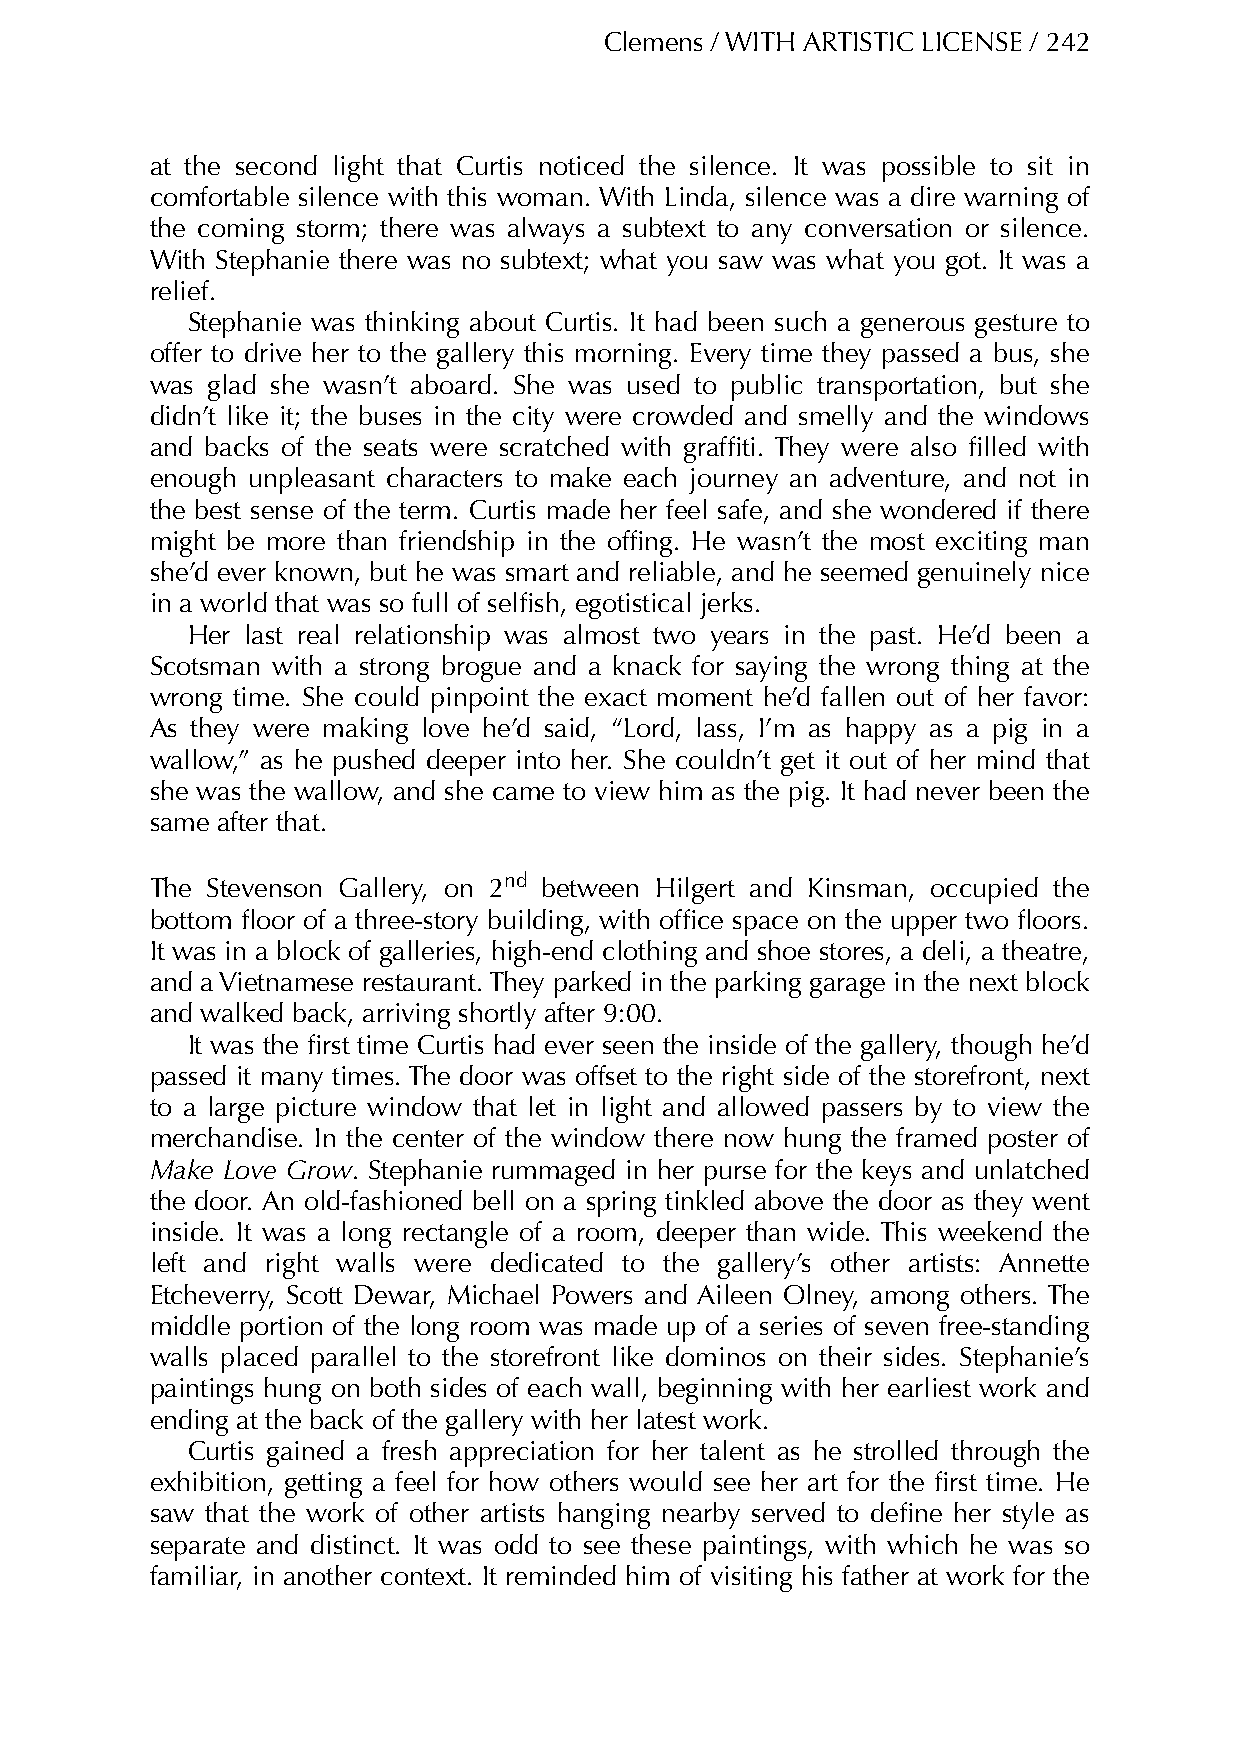
Clemens / WITH ARTISTIC LICENSE / 242
 at the second light that Curtis noticed the silence. It was possible to sit in
 comfortable silence with this woman. With Linda, silence was a dire warning of
 the coming storm; there was always a subtext to any conversation or silence.
 With Stephanie there was no subtext; what you saw was what you got. It was a
 relief.
 Stephanie was thinking about Curtis. It had been such a generous gesture to
 offer to drive her to the gallery this morning. Every time they passed a bus, she
 was glad she wasn’t aboard. She was used to public transportation, but she
 didn’t like it; the buses in the city were crowded and smelly and the windows
 and backs of the seats were scratched with graffiti. They were also filled with
 enough unpleasant characters to make each journey an adventure, and not in
 the best sense of the term. Curtis made her feel safe, and she wondered if there
 might be more than friendship in the offing. He wasn’t the most exciting man
 she’d ever known, but he was smart and reliable, and he seemed genuinely nice
 in a world that was so full of selfish, egotistical jerks.
 Her last real relationship was almost two years in the past. He’d been a
 Scotsman with a strong brogue and a knack for saying the wrong thing at the
 wrong time. She could pinpoint the exact moment he’d fallen out of her favor:
 As they were making love he’d said, “Lord, lass, I’m as happy as a pig in a
 wallow,” as he pushed deeper into her. She couldn’t get it out of her mind that
 she was the wallow, and she came to view him as the pig. It had never been the
 same after that.
 The Stevenson Gallery, on 2nd between Hilgert and Kinsman, occupied the
 bottom floor of a three-story building, with office space on the upper two floors.
 It was in a block of galleries, high-end clothing and shoe stores, a deli, a theatre,
 and a Vietnamese restaurant. They parked in the parking garage in the next block
 and walked back, arriving shortly after 9:00.
 It was the first time Curtis had ever seen the inside of the gallery, though he’d
 passed it many times. The door was offset to the right side of the storefront, next
 to a large picture window that let in light and allowed passers by to view the
 merchandise. In the center of the window there now hung the framed poster of
 Make Love Grow. Stephanie rummaged in her purse for the keys and unlatched
 the door. An old-fashioned bell on a spring tinkled above the door as they went
 inside. It was a long rectangle of a room, deeper than wide. This weekend the
 left and right walls were dedicated to the gallery’s other artists: Annette
 Etcheverry, Scott Dewar, Michael Powers and Aileen Olney, among others. The
 middle portion of the long room was made up of a series of seven free-standing
 walls placed parallel to the storefront like dominos on their sides. Stephanie’s
 paintings hung on both sides of each wall, beginning with her earliest work and
 ending at the back of the gallery with her latest work.
 Curtis gained a fresh appreciation for her talent as he strolled through the
 exhibition, getting a feel for how others would see her art for the first time. He
 saw that the work of other artists hanging nearby served to define her style as
 separate and distinct. It was odd to see these paintings, with which he was so
 familiar, in another context. It reminded him of visiting his father at work for the